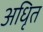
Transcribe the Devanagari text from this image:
अधिृत